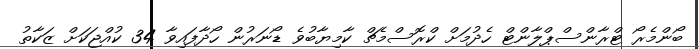
ބޯންމެރޯ ޓްރާންސްޕްލާންޓް ހެދުމަށް ކްރޮސްމެޗް ކާމިޔާބުވެ ޑޯނަރުން ހޯދާފައިވާ 34 ކުއްޖަކަށް ޒަކާތު